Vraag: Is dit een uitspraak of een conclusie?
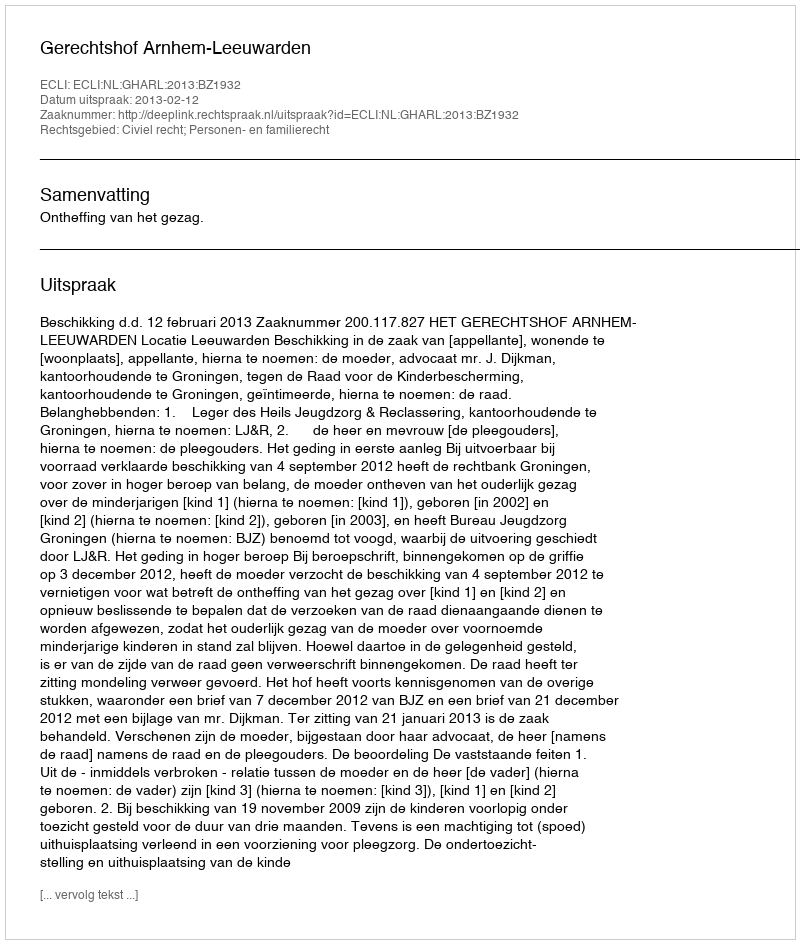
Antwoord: Uitspraak